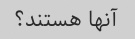
آنها هستند؟